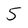
Character: 5